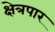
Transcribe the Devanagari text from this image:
क्षेत्रपार